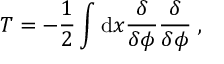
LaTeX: T = - { \frac { 1 } { 2 } } \int \mathrm { d } x { \frac { \delta } { \delta \phi } } { \frac { \delta } { \delta \phi } } \; ,